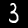
Label: 3